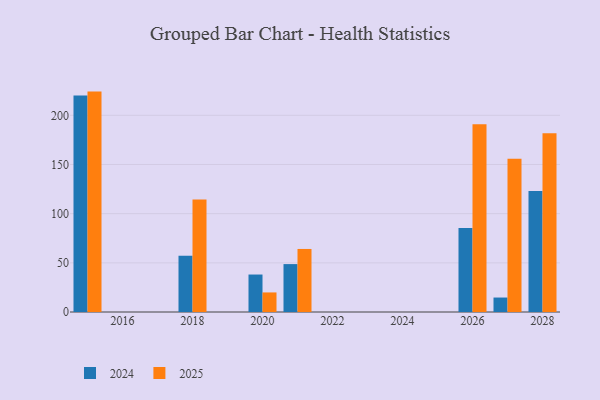
{"axis": {"x": "Year", "y": "Population (Million)"}, "legend": ["2024", "2025"], "data": [{"x": "2028", "y": 181.7, "type": "2025"}, {"x": "2028", "y": 123.1, "type": "2024"}, {"x": "2018", "y": 114.5, "type": "2025"}, {"x": "2018", "y": 57.2, "type": "2024"}, {"x": "2026", "y": 190.8, "type": "2025"}, {"x": "2026", "y": 85.3, "type": "2024"}, {"x": "2027", "y": 155.9, "type": "2025"}, {"x": "2027", "y": 14.7, "type": "2024"}, {"x": "2015", "y": 224.1, "type": "2025"}, {"x": "2015", "y": 220.1, "type": "2024"}, {"x": "2021", "y": 64.1, "type": "2025"}, {"x": "2021", "y": 48.7, "type": "2024"}, {"x": "2020", "y": 19.9, "type": "2025"}, {"x": "2020", "y": 38.1, "type": "2024"}]}